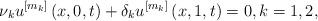
LaTeX: \begin{align*}\nu _{k}u^{\left[ m_{k}\right] }\left( x,0,t\right) +\delta _{k}u^{\left[m_{k}\right] }\left( x,1,t\right) =0,k=1,2, \end{align*}